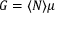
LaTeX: G = \langle N \rangle \mu